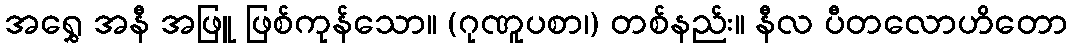
အရွှေ အနီ အဖြူ ဖြစ်ကုန်သော။ (ဂုဏူပစာ၊) တစ်နည်း။ နီလ ပီတလောဟိတော